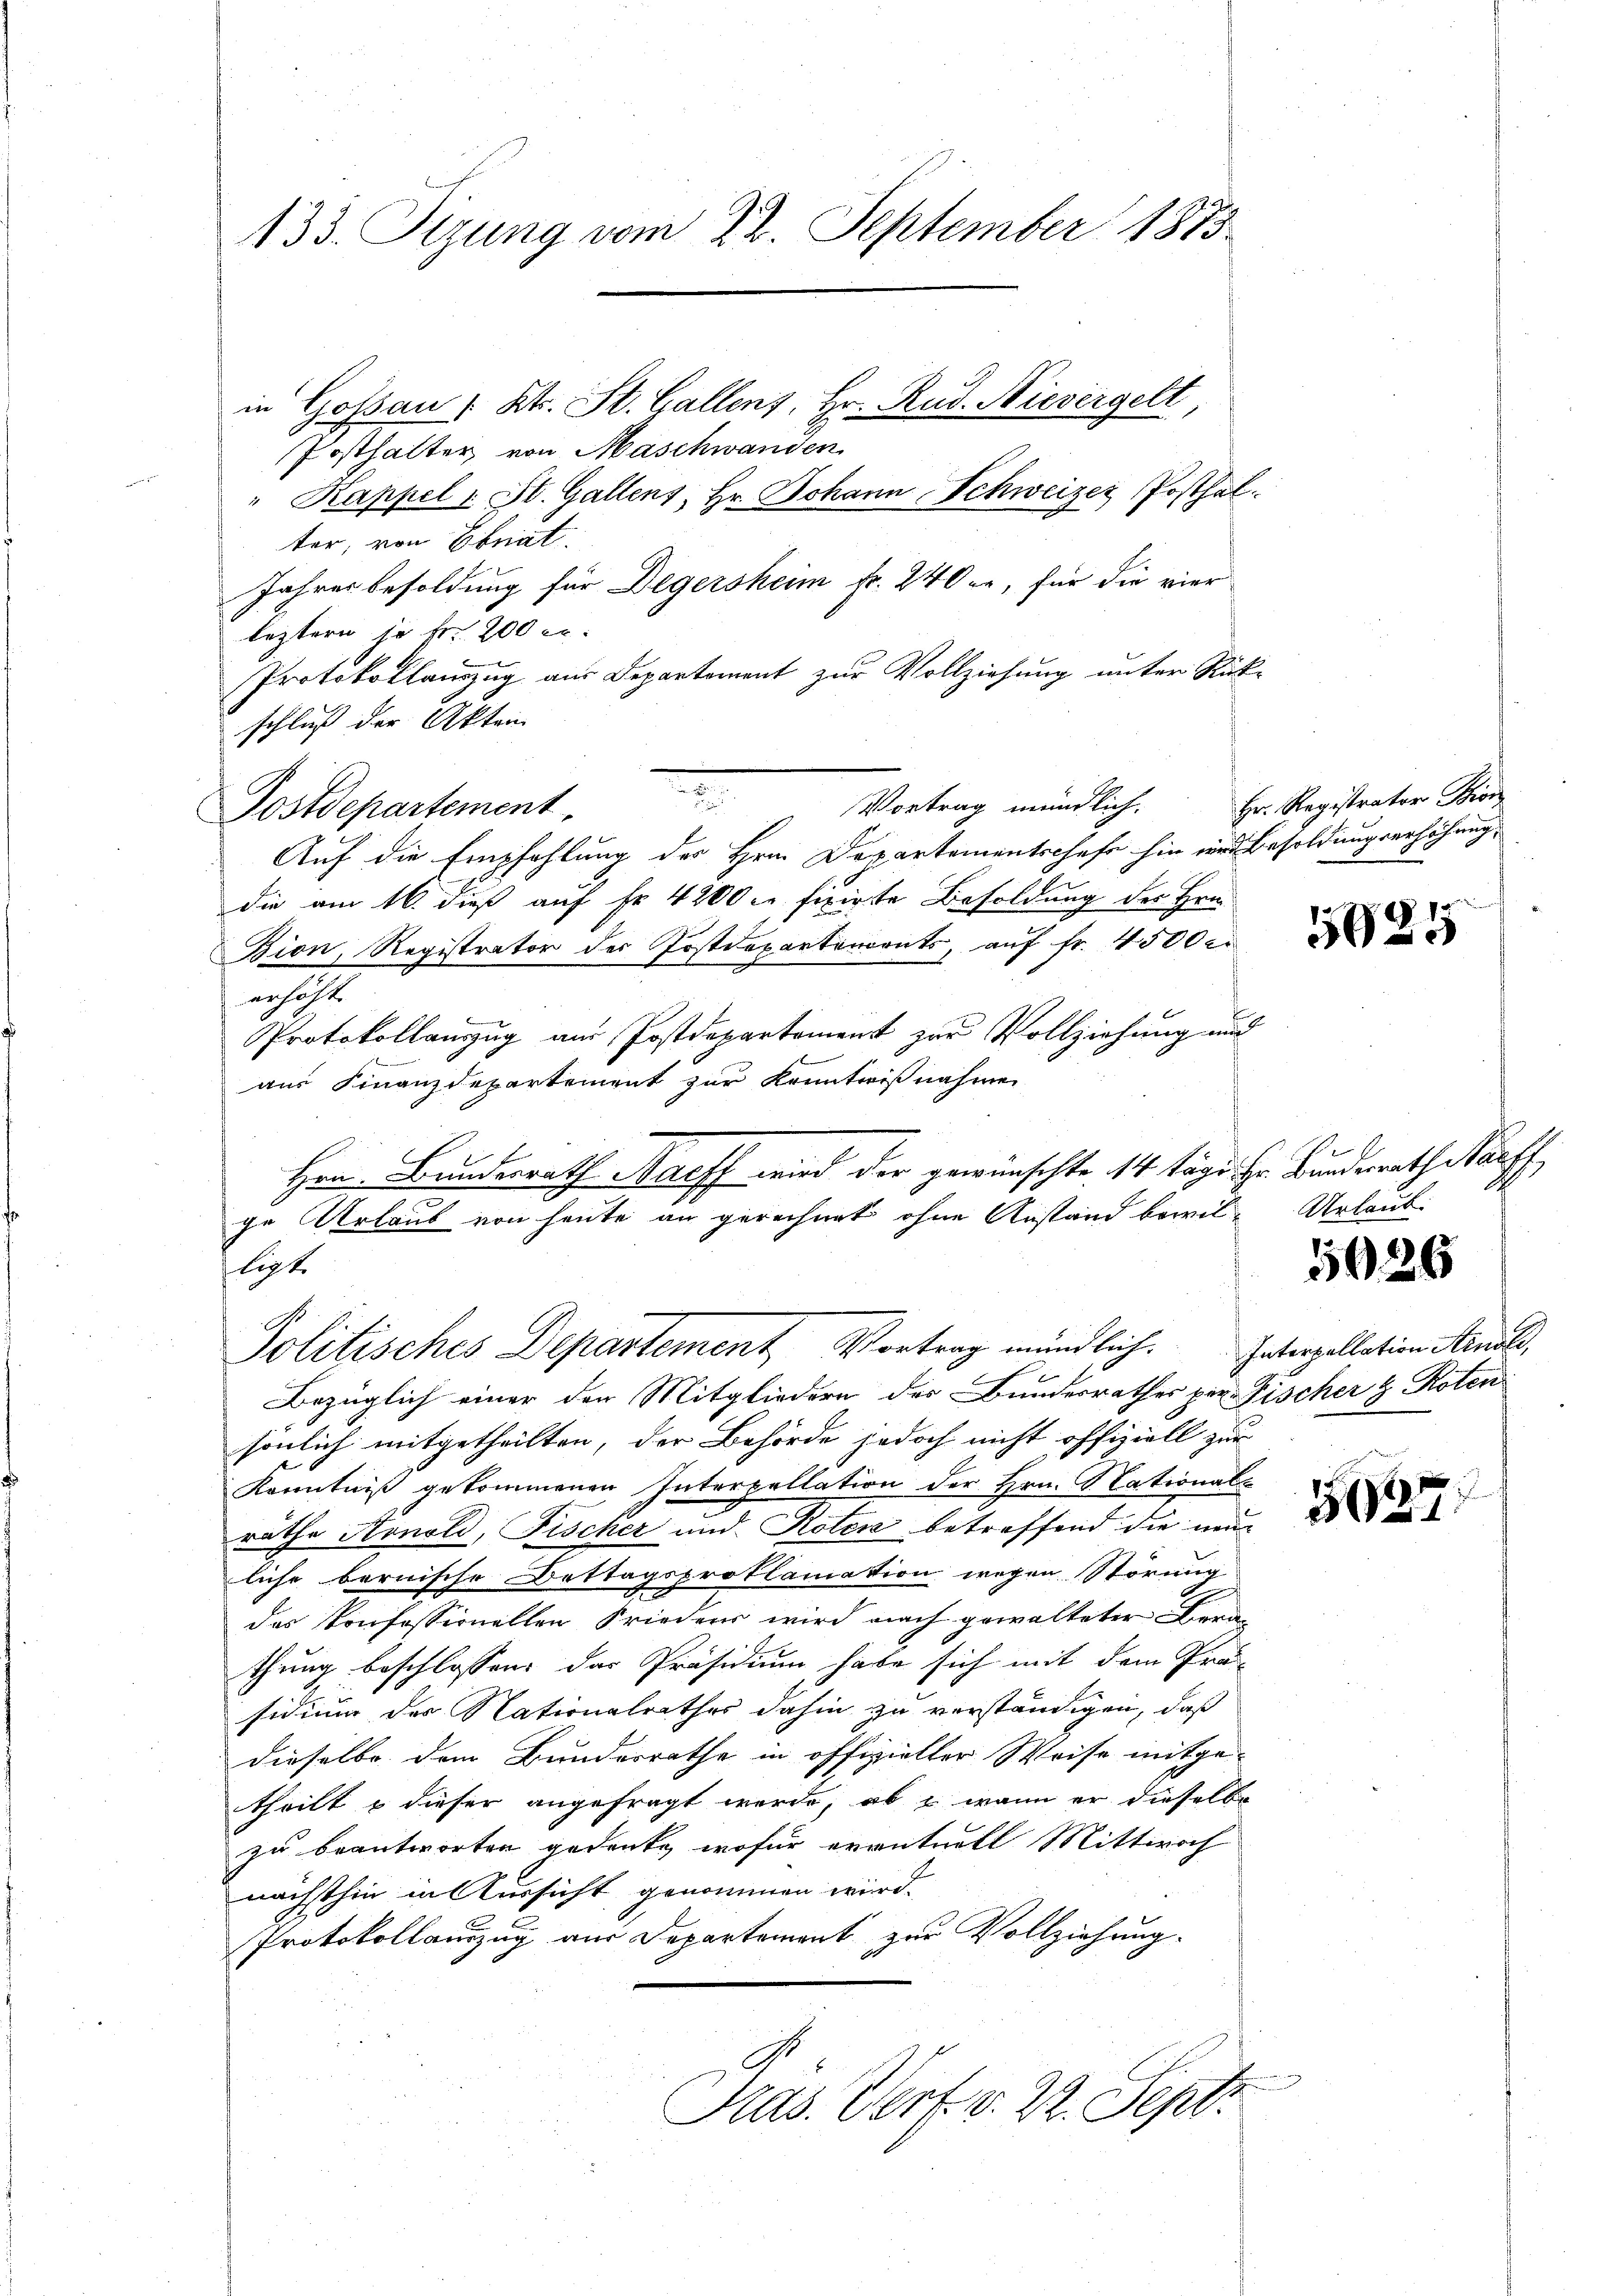
133. Tizung vom 22. September 1873.
in Goßau, Kt. St. Gallens, Hr. Rud. Nievergelt
Posthalter von Maschwanden
" Kappel u St. Gallens, Hr. Johann Schweizer Posthal.
ter, von Ebnat.
Jahresbesoldung für Degersheim Fr. 240, für die vier
leztern je Fr. 200 rt.
Protokollanzug aus Departement zur Vollziehung unter Rückschluß der Akten
e

Postdepartement
Auf die Empfehlung des Hrn. Departementschafe hin und Besoldungserhöhung,
die am 16. dieß auf Fr. 4200 c. fixirte Besoldung des Hrn.
Bion, Registrator der Postdepartemonts, auf fr. 4500 c.
erhöht
Protokollauszug aus Postdepartement zur Vollziehung und
aus Finanzdepartement zur Kenntnißnahmen
Hrn. Bundesrath Harff wird der gewünschte 14 Tage ihr Bundesrath Harff
ge Urlaub von heute an gerechnet ohne Anstand bewil- Urlaub
ligte

Politisches Departement, Vortrag mündlich. Interpellation Mendole,

Bezüglich einer den Mitgliedern des Bundesrathes per Fischer & Roten
sönlich mitgetheilten, der Behörde jedoch nicht offiziell zur
Kenntniß gekommenen Interpellation der Hrn. National-
räthe Arnold, Fischer und Roten betreffend die neuliche bernische Dettagsproklamation wegen Störung
das Konfessionellen Friedens wird nach gewalteter Bern
thung beschlossen, das Präsidium habe sich mit dem Prä-
sidium des Nationalrathes dahin zu verständigen, daß
dieselbe dem Bundesrathe in offizieller Weise mitgetheilt & dieser angefragt werde, ob & wenn er dieselbe
zu beantworten gedenke, wofür eventuell Mittwoch
nächsthin in Aussicht genommen wird.
Protokollauszug aus Departement zur Vollziehung.
Präs. Wert v. 22. Sept.

Vortrag mündlich.

Hr. Registrator Bronz

1
505

5926

5627